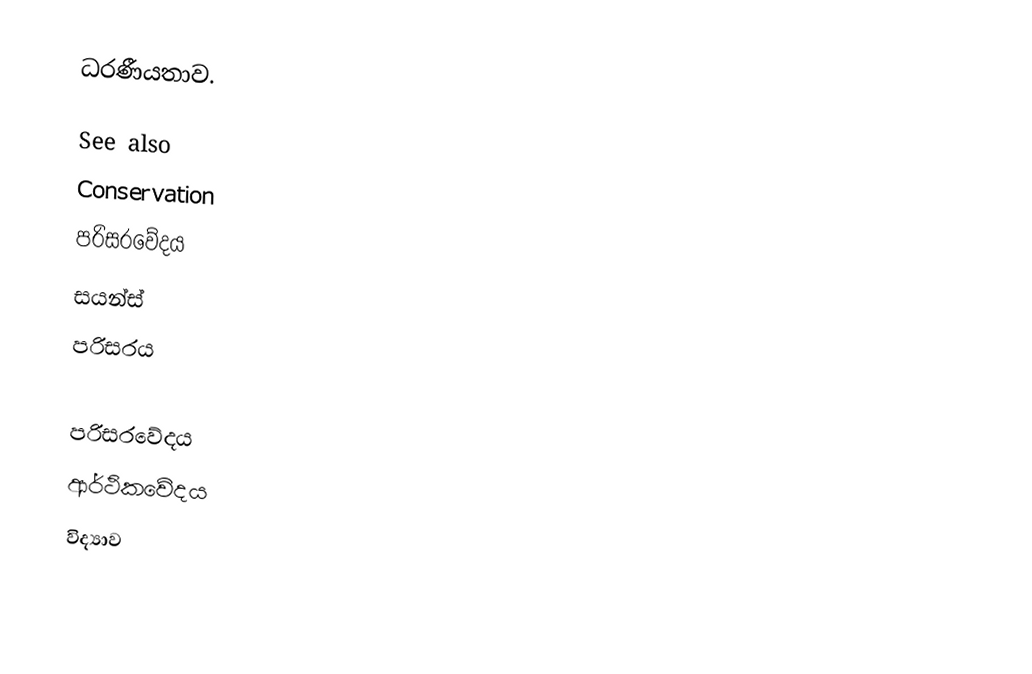
ධරණීයතාව.

See also
 Conservation
 පරිසරවේදය
 සයන්ස්
 පරිසරය

පරිසරවේදය
ආර්ථිකවේදය
විද්‍යාව